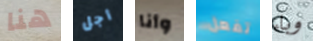
هنا أجل وأنا تفعل وباء